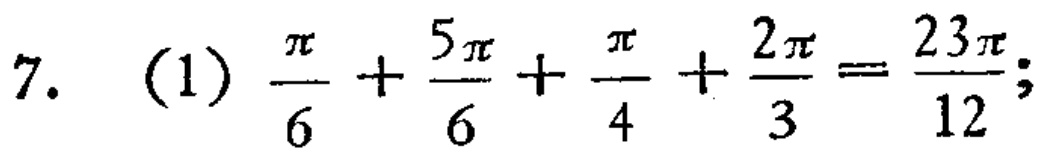
7. (1) \(\frac{\pi}{6}+\frac{5\pi}{6}+\frac{\pi}{4}+\frac{2\pi}{3}=\frac{23\pi}{12};\)